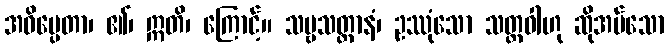
အဓိပ္ပေတာ၊ ၏၊ ဣတိ၊ ကြောင့်။ သဗ္ဗသတ္တာနံ၊ ဥဿုံသော သတ္တဝါဟု ဆိုအပ်သော